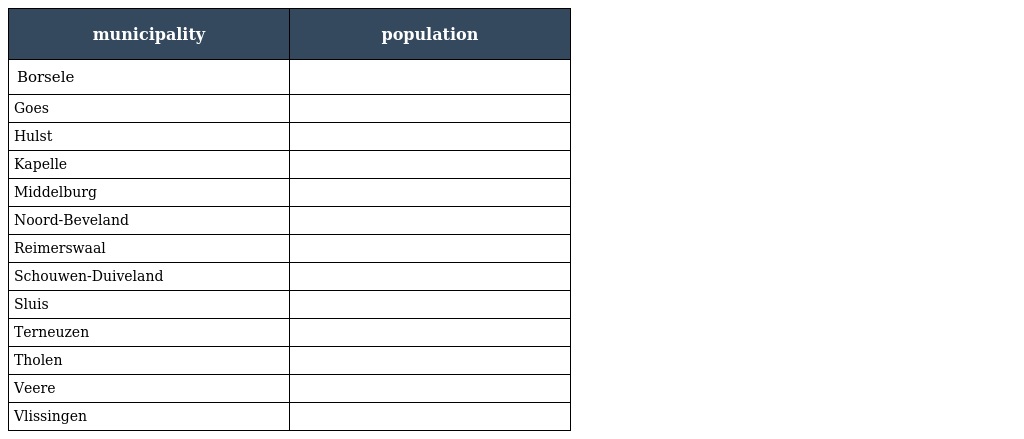
| municipality | population |
 | --- | --- |
 | Borsele |  |
 | Goes |  |
 | Hulst |  |
 | Kapelle |  |
 | Middelburg |  |
 | Noord-Beveland |  |
 | Reimerswaal |  |
 | Schouwen-Duiveland |  |
 | Sluis |  |
 | Terneuzen |  |
 | Tholen |  |
 | Veere |  |
 | Vlissingen |  |